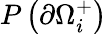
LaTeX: P\left(\partial\Omega_{i}^{+}\right)